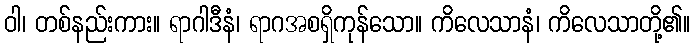
ဝါ၊ တစ်နည်းကား။ ရာဂါဒီနံ၊ ရာဂအစရှိကုန်သော။ ကိလေသာနံ၊ ကိလေသာတို့၏။